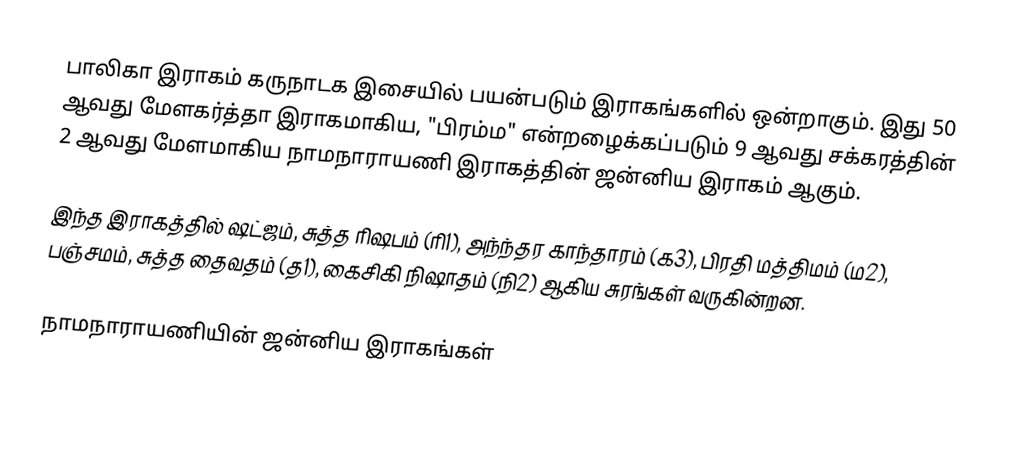
பாலிகா இராகம் கருநாடக இசையில் பயன்படும் இராகங்களில் ஒன்றாகும். இது 50 ஆவது மேளகர்த்தா இராகமாகிய, "பிரம்ம" என்றழைக்கப்படும் 9 ஆவது சக்கரத்தின் 2 ஆவது மேளமாகிய நாமநாராயணி இராகத்தின் ஜன்னிய இராகம் ஆகும்.

இந்த இராகத்தில் ஷட்ஜம், சுத்த ரிஷபம் (ரி1), அந்ந்தர காந்தாரம் (க3), பிரதி மத்திமம் (ம2), பஞ்சமம், சுத்த தைவதம் (த1), கைசிகி நிஷாதம் (நி2) ஆகிய சுரங்கள் வருகின்றன.

நாமநாராயணியின் ஜன்னிய இராகங்கள்